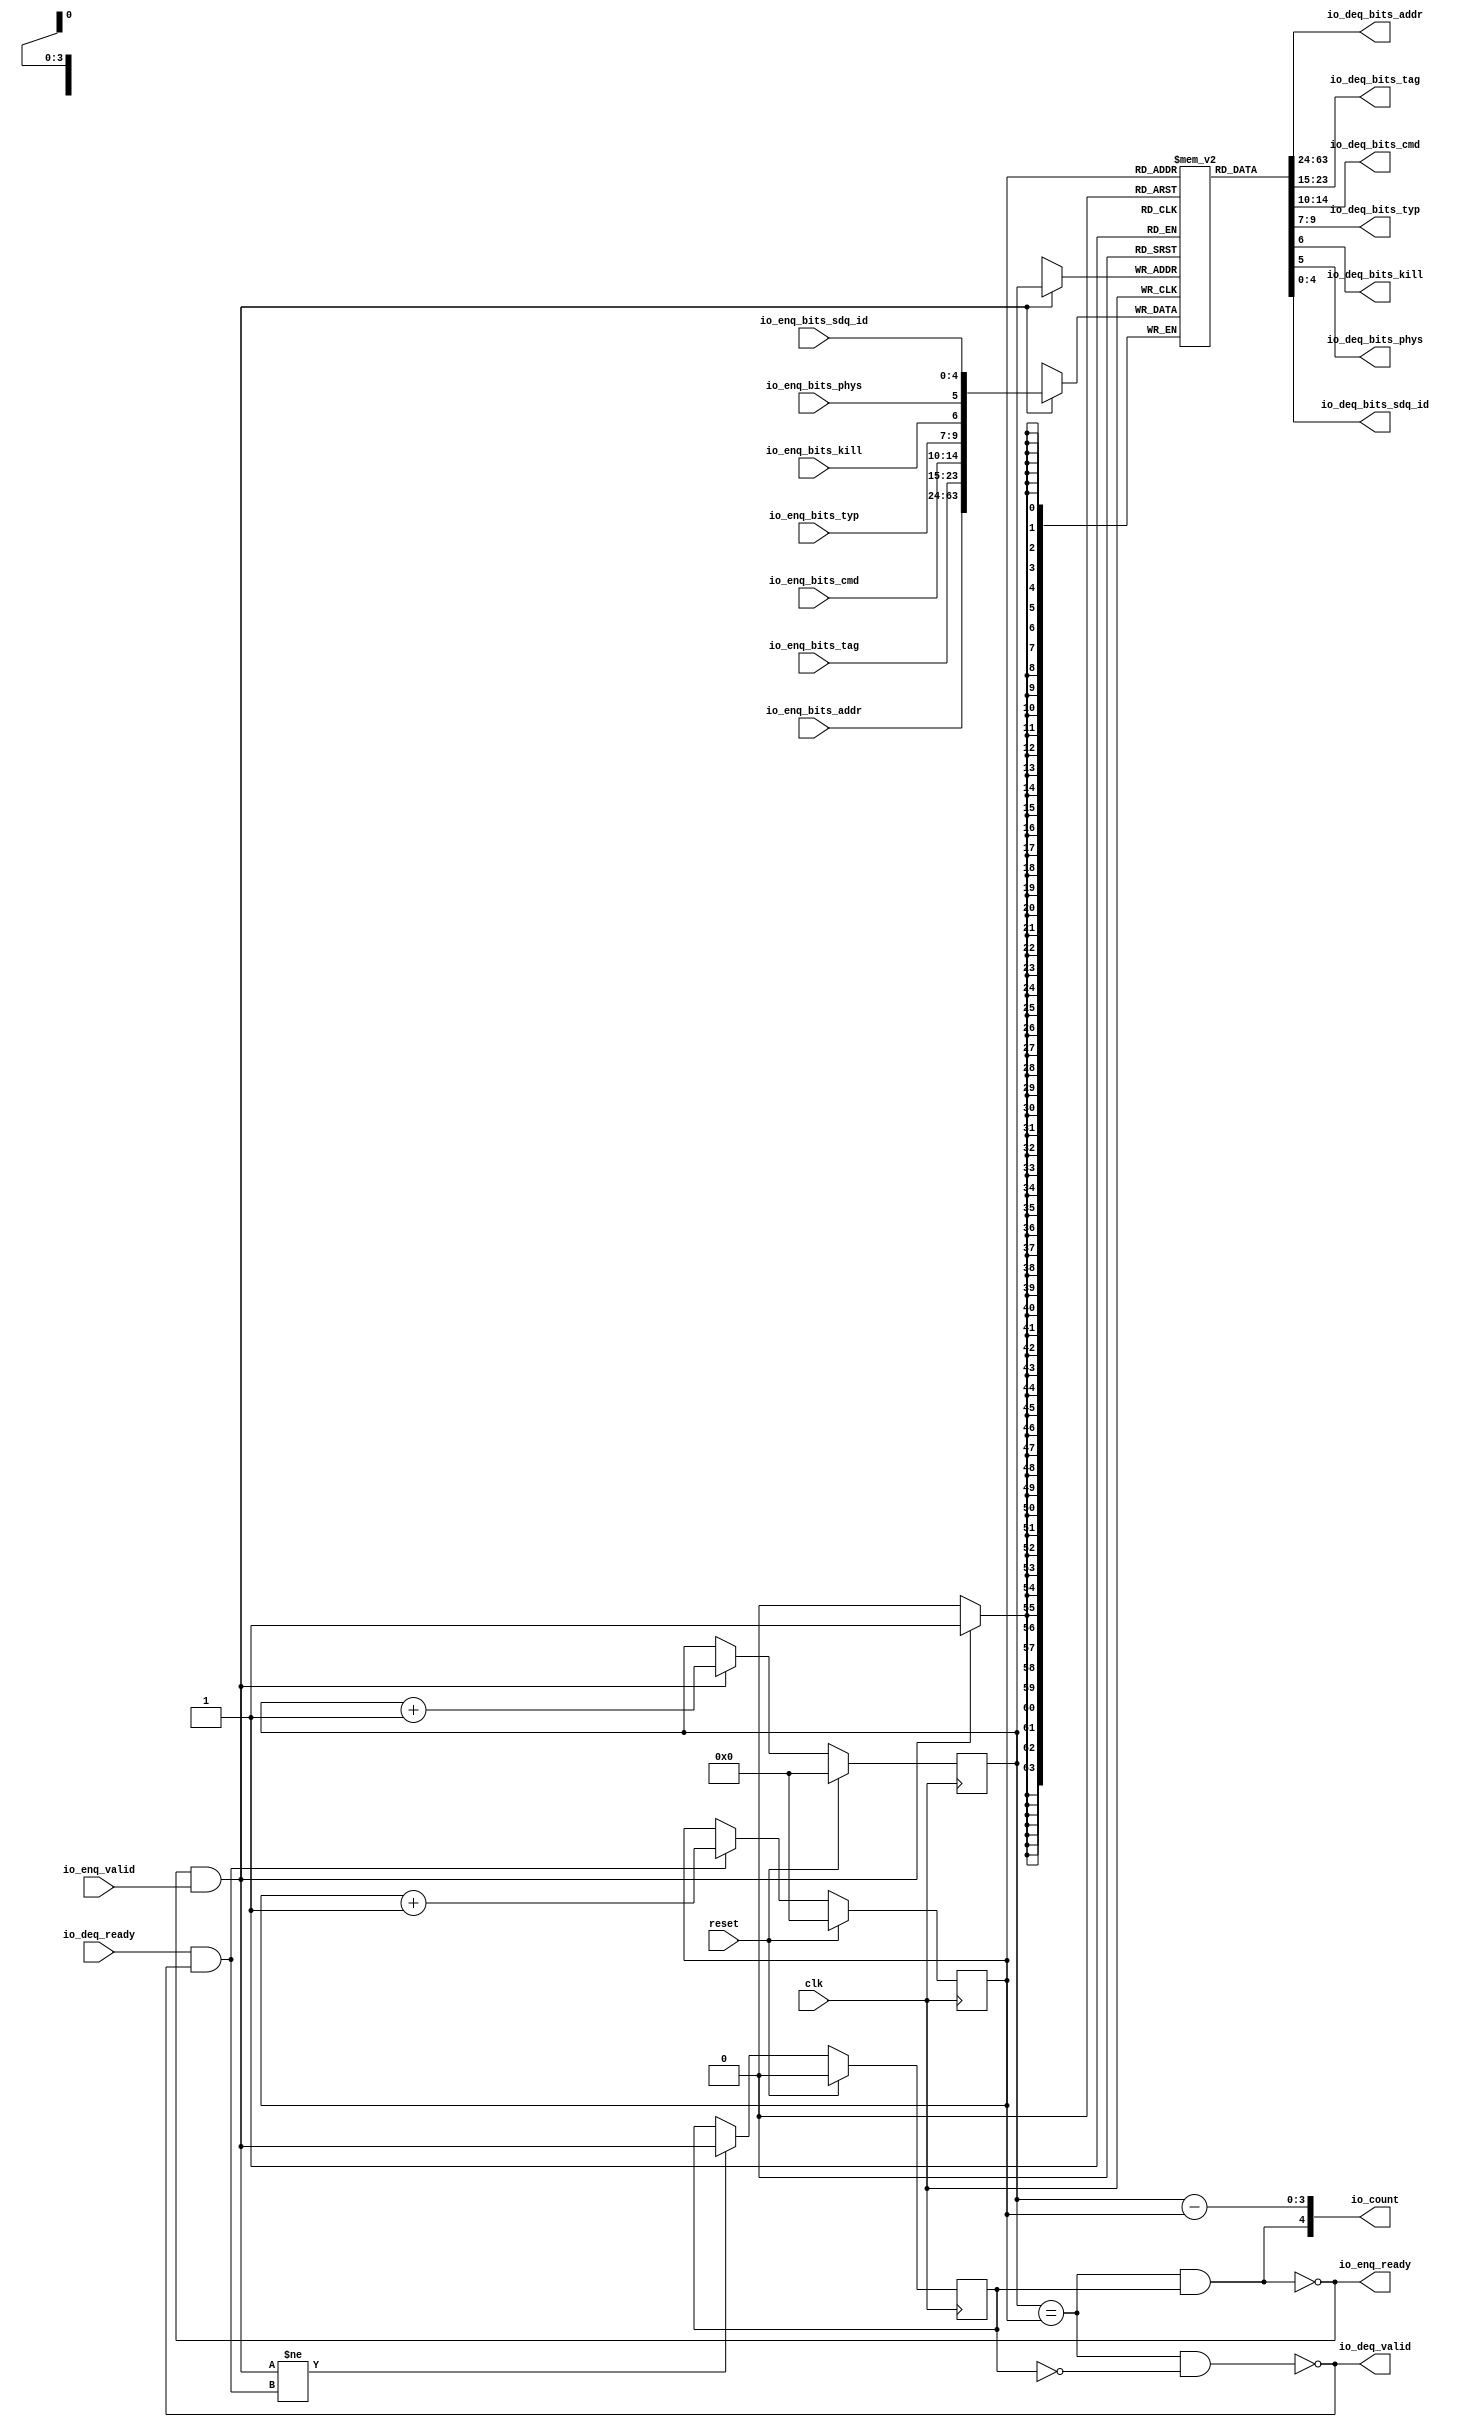
/*queue(clk,rst,enq_valid,deq_rdy,enq_bits,entris,enq_rdy,deq_valid,deq_bits,count)
by sunhaimeng
*/

module mprcQueue(
	input clk, input reset,
    output io_enq_ready,
    input  io_enq_valid,
    input [39:0] io_enq_bits_addr,
    input [8:0] io_enq_bits_tag,
    input [4:0] io_enq_bits_cmd,
    input [2:0] io_enq_bits_typ,
    input  io_enq_bits_kill,
    input  io_enq_bits_phys,
    input [4:0] io_enq_bits_sdq_id,
    input  io_deq_ready,
    output io_deq_valid,
    output[39:0] io_deq_bits_addr,
    output[8:0] io_deq_bits_tag,
    output[4:0] io_deq_bits_cmd,
    output[2:0] io_deq_bits_typ,
    output io_deq_bits_kill,
    output io_deq_bits_phys,
    output[4:0] io_deq_bits_sdq_id,
    output[4:0] io_count
);

  wire[4:0] T0;
  wire[3:0] ptr_diff;
  reg [3:0] R1;
  wire[3:0] T29;
  wire[3:0] T2;
  wire[3:0] T3;
  wire do_deq;
  reg [3:0] R4;
  wire[3:0] T30;
  wire[3:0] T5;
  wire[3:0] T6;
  wire do_enq;
  wire T7;
  wire ptr_match;
  reg  maybe_full;
  wire T31;
  wire T8;
  wire T9;
  wire[4:0] T10;
  wire[63:0] T11;
  reg [63:0] ram [15:0];
  wire[63:0] T12;
  wire[63:0] T13;
  wire[63:0] T14;
  wire[9:0] T15;
  wire[5:0] T16;
  wire[3:0] T17;
  wire[53:0] T18;
  wire[13:0] T19;
  wire T20;
  wire T21;
  wire[2:0] T22;
  wire[4:0] T23;
  wire[8:0] T24;
  wire[39:0] T25;
  wire T26;
  wire empty;
  wire T27;
  wire T28;
  wire full;

`ifndef SYNTHESIS
// synthesis translate_off
  integer initvar;
  initial begin
    #0.002;
    R1 = {1{$random}};
    R4 = {1{$random}};
    maybe_full = {1{$random}};
    for (initvar = 0; initvar < 16; initvar = initvar+1)
      ram[initvar] = {2{$random}};
  end
// synthesis translate_on
`endif

  assign io_count = T0;
  assign T0 = {T7, ptr_diff};
  assign ptr_diff = R4 - R1;
  assign T29 = reset ? 4'h0 : T2;
  assign T2 = do_deq ? T3 : R1;
  assign T3 = R1 + 4'h1;
  assign do_deq = io_deq_ready & io_deq_valid;
  assign T30 = reset ? 4'h0 : T5;
  assign T5 = do_enq ? T6 : R4;
  assign T6 = R4 + 4'h1;
  assign do_enq = io_enq_ready & io_enq_valid;
  assign T7 = maybe_full & ptr_match;
  assign ptr_match = R4 == R1;
  assign T31 = reset ? 1'h0 : T8;
  assign T8 = T9 ? do_enq : maybe_full;
  assign T9 = do_enq != do_deq;
  assign io_deq_bits_sdq_id = T10;
  assign T10 = T11[3'h4:1'h0];
  assign T11 = ram[R1];
  assign T13 = T14;
  assign T14 = {T18, T15};
  assign T15 = {T17, T16};
  assign T16 = {io_enq_bits_phys, io_enq_bits_sdq_id};
  assign T17 = {io_enq_bits_typ, io_enq_bits_kill};
  assign T18 = {io_enq_bits_addr, T19};
  assign T19 = {io_enq_bits_tag, io_enq_bits_cmd};
  assign io_deq_bits_phys = T20;
  assign T20 = T11[3'h5];
  assign io_deq_bits_kill = T21;
  assign T21 = T11[3'h6];
  assign io_deq_bits_typ = T22;
  assign T22 = T11[4'h9:3'h7];
  assign io_deq_bits_cmd = T23;
  assign T23 = T11[4'he:4'ha];
  assign io_deq_bits_tag = T24;
  assign T24 = T11[5'h17:4'hf];
  assign io_deq_bits_addr = T25;
  assign T25 = T11[6'h3f:5'h18];
  assign io_deq_valid = T26;
  assign T26 = empty ^ 1'h1;
  assign empty = ptr_match & T27;
  assign T27 = maybe_full ^ 1'h1;
  assign io_enq_ready = T28;
  assign T28 = full ^ 1'h1;
  assign full = ptr_match & maybe_full;

  always @(posedge clk) begin
    if(reset) begin
      R1 <= 4'h0;
    end else if(do_deq) begin
      R1 <= T3;
    end
    if(reset) begin
      R4 <= 4'h0;
    end else if(do_enq) begin
      R4 <= T6;
    end
    if(reset) begin
      maybe_full <= 1'h0;
    end else if(T9) begin
      maybe_full <= do_enq;
    end
    if (do_enq)
      ram[R4] <= T13;
  end
endmodule